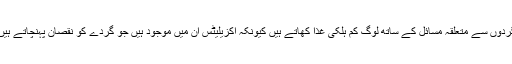
گردوں سے متعلقہ مسائل کے ساتھ لوگ کم ہلکی غذا کھاتے ہیں کیونکہ آکزیلیٹس ان میں موجود ہیں جو گردے کو نقصان پہنچاتے ہیں۔